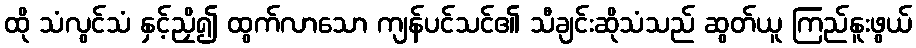
ထို သံလွင်သံ နှင့်ညှိ၍ ထွက်လာသော ကျန်ပင်သင်၏ သီချင်းဆိုသံသည် ဆွတ်ယူ ကြည်နူးဖွယ်